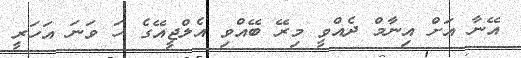
އޭނާ އަށް އިނާމް ދެއްވީ މިރޭ ބޭއްވި އެލްޖީއޭގެ ހަ ވަނަ އަހަރީ